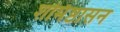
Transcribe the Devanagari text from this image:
शर्मिष्ठासन